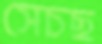
সেচছ